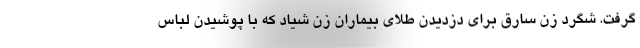
گرفت. شگرد زن سارق برای دزدیدن طلای بیماران زن شیاد که با پوشیدن لباس